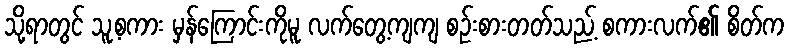
သို့ရာတွင် သူ့စကား မှန်ကြောင်းကိုမူ လက်တွေ့ကျကျ စဉ်းစားတတ်သည့် စကားလက်၏ စိတ်က